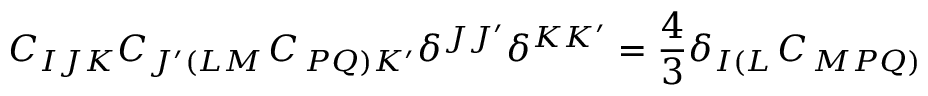
C _ { I J K } C _ { J ^ { \prime } \left( L M \right. } C _ { \left. P Q \right) K ^ { \prime } } \delta ^ { J J ^ { \prime } } \delta ^ { K K ^ { \prime } } = \frac { 4 } { 3 } \delta _ { I \left( L \right. } C _ { \left. M P Q \right) }